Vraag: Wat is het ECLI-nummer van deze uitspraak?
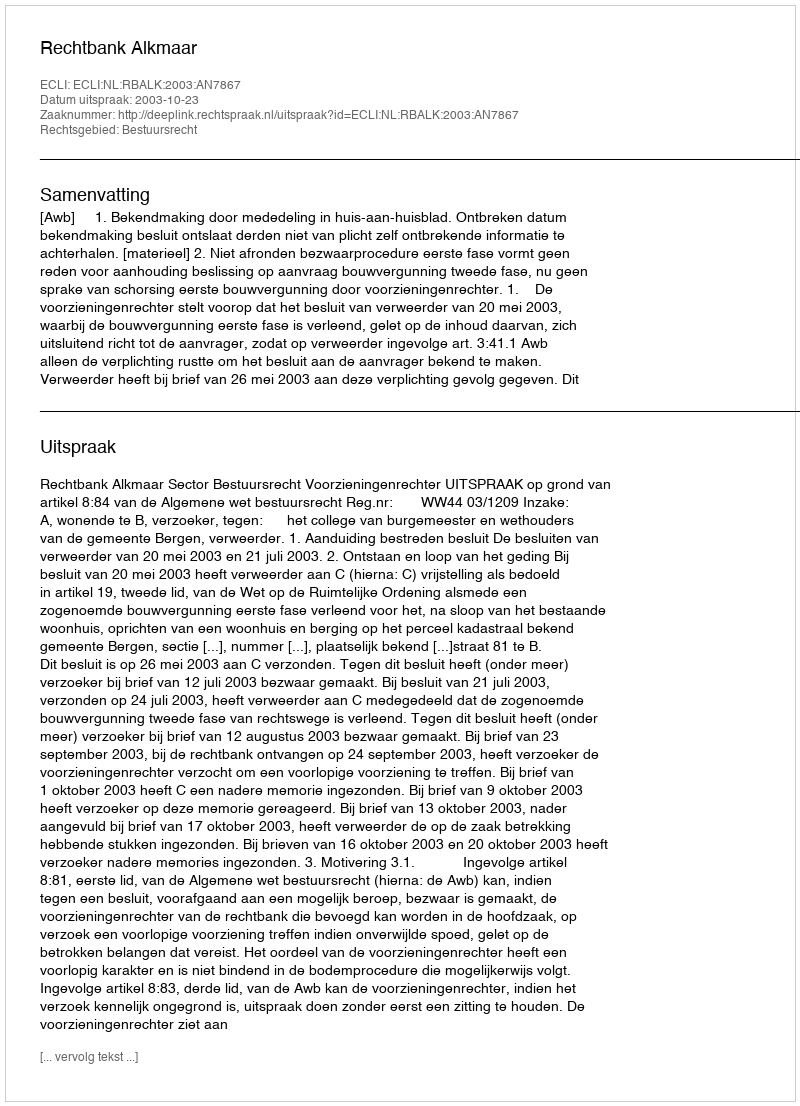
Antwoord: ECLI:NL:RBALK:2003:AN7867